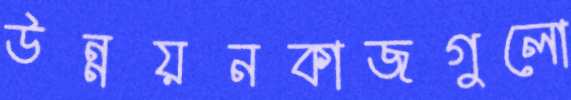
উন্নয়নকাজগুলো